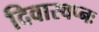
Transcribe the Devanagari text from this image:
दिवास्वप्नः